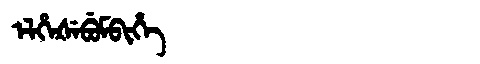
Manchu: ᡝᠯᡥᡝᡧᡝᠪᡠᠮᠪᡳᡥᡝ
Romanization: ELHEŠEBUMBIHE